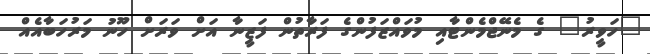
"ހަވީރު" ގެ މެނޭޖްމެންޓާއި މުވައްޒަފުންގެ ފަރާތުން ފަޒީނާ އަށް ވަރަށް ހޫނު މަރުހަބާއެއް